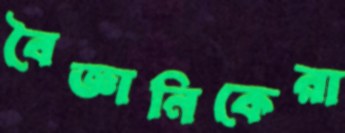
বৈজ্ঞানিকেরা